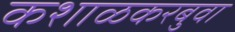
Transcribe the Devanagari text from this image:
कशाळकरबुवा